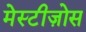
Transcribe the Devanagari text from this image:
मेस्टीज़ोस